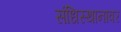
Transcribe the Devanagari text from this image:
संधिस्थानावर